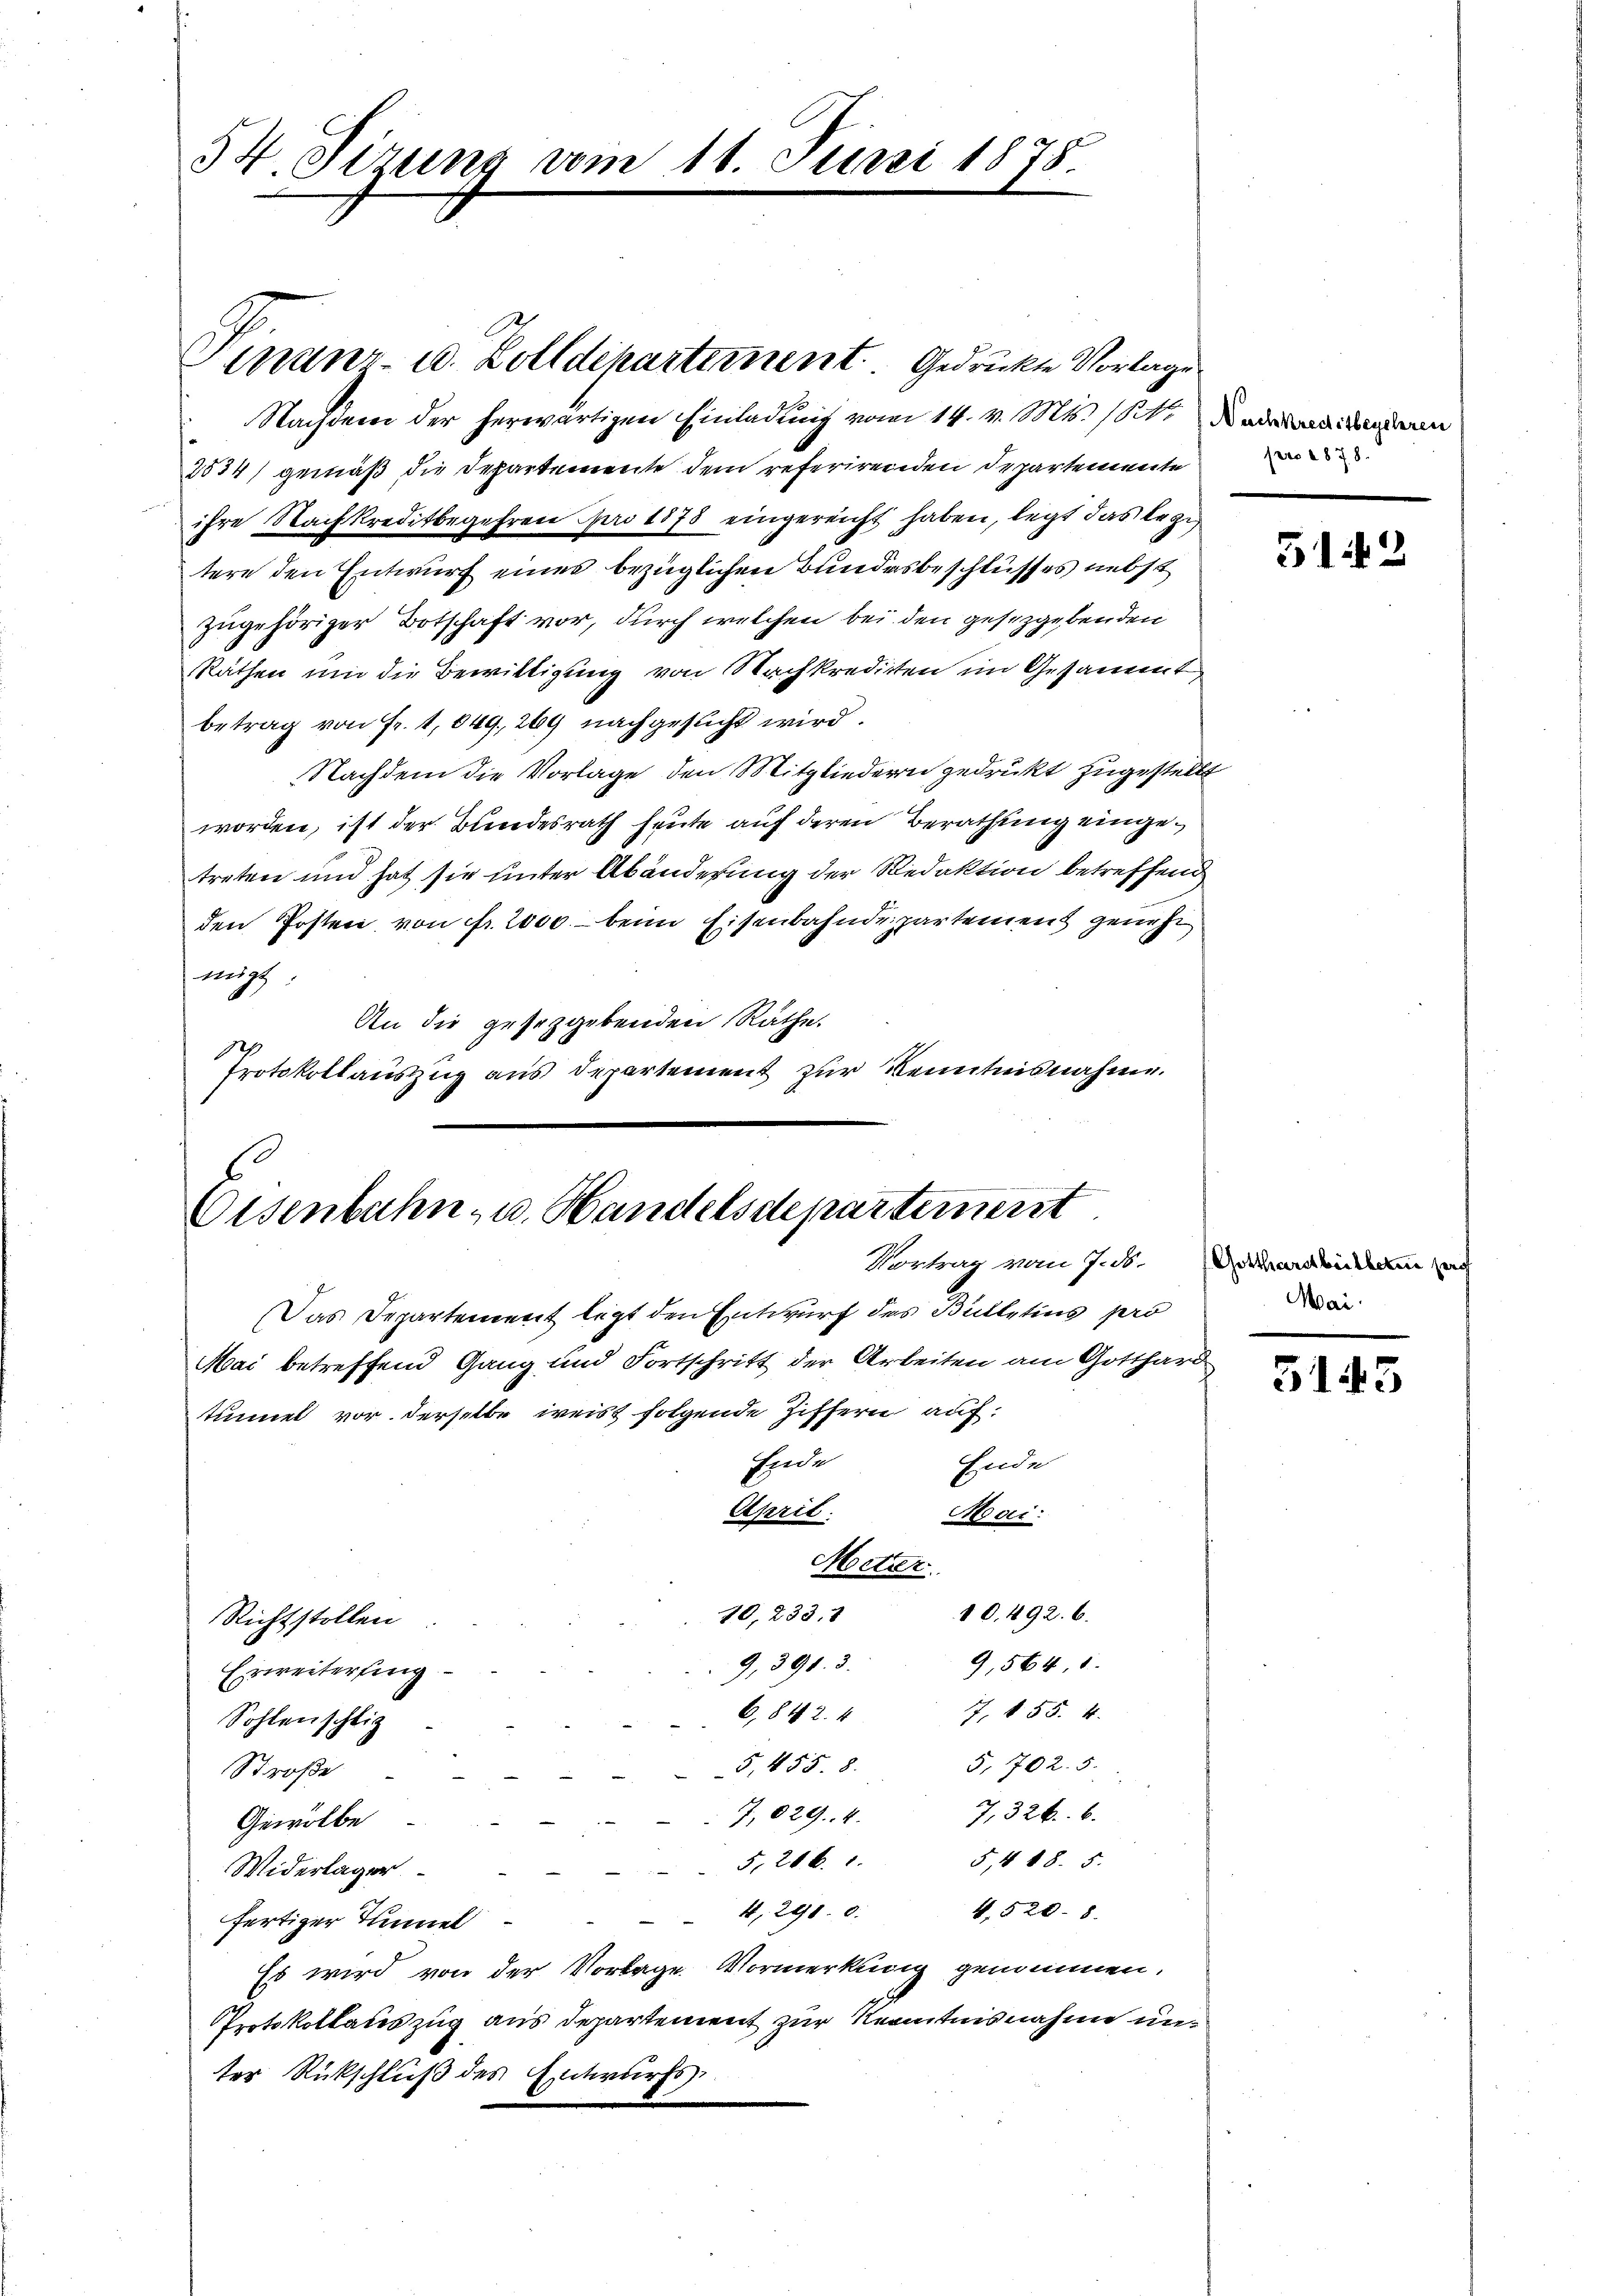
54. Sirung vom 11. Juni 1878.

Nachdem der herwärtigen Einladung vom 14. v. Mts. 1. Denn
2534) gemäß die Departemente dem referirenden Departemente
ihre Nachkreditbegehren pro 1878 eingereicht haben, legt das legi
tere den Entwurf eines bezüglichen Bundesbeschlusses nebst
zugehöriger Botschaft vor, durch welchen bei den gesetzgebenden
Räthen um die Bewittigung von Nachkredicten im Gesammt
betrag von Fr. 1,049, 269 nachgesucht wird.
Nachdem die Vorlage den Mitgliedern gedruckt zugestellt
worden, ist der Bundesrath heute auf deren Berathung eingetreten und hat sie unter Abänderung der Redaktion betreffend
den Posten von fr. 2000 - beim Eisenbahndepartement genehm
nügt
An die gesetzgebenden Räthe.
Protokollauszug aus Departement zur Kenntnisnahme.

Finanz- u. Zolldepartement. Gedrückte Vorlage

Eisenbahn- u. Handelsdepartement

Das Departement legt den Entwurf des Bütletins pro
Mai betreffend Gang und Fortschritt der Arbeiten am Gotthard
tumel vor derselbe weist folgende Ziffern auf:
sjede
Ende
April.
Mai:
Metter
80. 492. 6.
10,233. 1
Richtstollen
9,391. 3.
9, 564, 1
Erweiterfung
7, § 55. 4.
6,842. 4
Sohlenschli
5, 702. 5.
5, 455. 8.
Straße
7,326. 6.
7,029. 4.
Gewölbe
5,418. 5.
5,20 x 1
Widerlager
 4,291. d. 4, 520. 8.
fertiger Tunnel
Es wird von der Vorlage Vormerkung genommen.
Protokollauszug aus Departement zur Kenntnisnahme unter Rückschluß des Entwurfs

Vortrag vom 7. ds. Gardenden und

pro 1878.

512

Mai.

3143